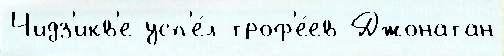
Чидз'икв'е усп'е́л троф'е́ев Джонатан